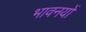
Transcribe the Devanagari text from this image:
भावनयों